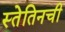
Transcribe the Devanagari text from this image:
स्तेतिनची